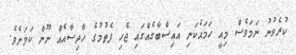
ކުރެވުނު ނަމަވެސް މިއީ ހަމައެކަނި އައިސްބާގެއްގައި ޖެހި ފެތުމުގެ ހާދިސާއެއް ނޫން ކަމަށެވެ.